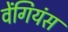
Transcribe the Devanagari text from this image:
वेंगियंस